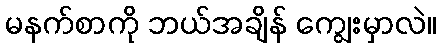
မနက်စာကို ဘယ်အချိန် ကျွေးမှာလဲ။